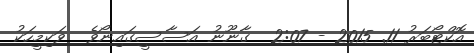
އޮކްޓޯބަރު 11